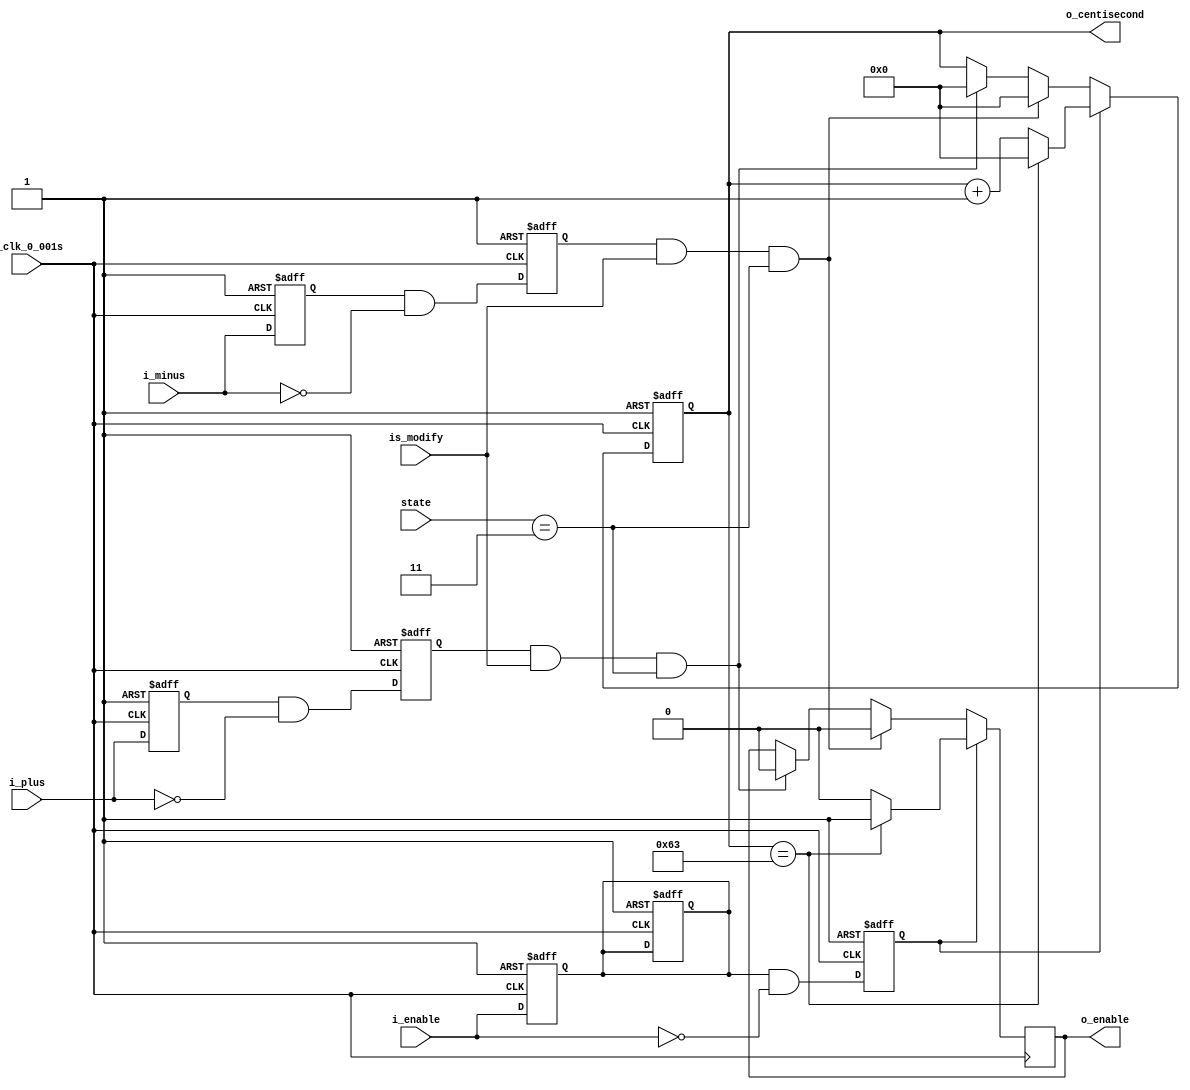
`timescale 1ns / 1ps
//////////////////////////////////////////////////////////////////////////////////
// Company: 
// Engineer: 
// 
// Design Name: 
// Module Name: centisecond
// Project Name: 
// Target Devices: 
// Tool Versions: 
// Description: 
// 
// Dependencies: 
// 
// Revision:
// Revision 0.01 - File Created
// Additional Comments:
// 
//////////////////////////////////////////////////////////////////////////////////


module centisecond(
    input [4:0] state,
    input is_modify,
    input i_plus,
    input i_minus,
    input i_enable,
    input i_clk_0_001s,
    output reg o_enable,
    output reg[14:0] o_centisecond
    );
    
    wire reset = 1;
    
    reg r_enable = 0;
    reg r_enable_falling = 0;
    
    initial
    begin
        o_centisecond <= 0;
        o_enable <= 0;
    end
    
//**************** Calculate the  r_enable_falling ****************//  
  
    always @(posedge i_clk_0_001s, negedge reset)
    begin
        if (reset == 0)
        begin
            r_enable <= 0;
            r_enable_falling <= 0;
        end
        else
        begin
            r_enable <= i_enable;
            r_enable_falling <= r_enable & (~i_enable);
        end
    end    
//**************** Calculate the  r_minus_falling ****************//
    
    reg r_plus = 0;
    reg r_plus_falling = 0;

    always @(posedge i_clk_0_001s, negedge reset)
    begin
        if (reset == 0)
        begin
            r_plus <= 0;
            r_plus_falling <= 0;
        end
        else
        begin
            r_plus <= i_plus;
            r_plus_falling <= r_plus & (~i_plus);
        end
    end     

//**************** Calculate the  r_minus_falling ****************//
    
    reg r_minus = 0;
    reg r_minus_falling = 0;
    
    always @(posedge i_clk_0_001s, negedge reset)
    begin
        if (reset == 0)
        begin
            r_minus <= 0;
            r_minus_falling <= 0;
        end
        else
        begin
            r_minus <= i_minus;
            r_minus_falling <= r_minus & (~i_minus);
        end
    end        
    
    
    
//************************ Set the minute *******************************//    
    
    
    always @(posedge i_clk_0_001s, negedge reset)
    begin
        if (reset == 0)
        begin
            o_centisecond <= 0;
            r_enable <= 0;
        end
        else
        begin
            if (r_enable_falling == 1)
            begin
                if (o_centisecond == 99)
                begin
                    o_centisecond <= 0;
                    o_enable <= 1;
                end
                else
                begin
                    o_centisecond <= o_centisecond + 1;
                    o_enable <= 0;
                end
            end
            else if (r_minus_falling == 1 && is_modify == 1 && state == 3)
            begin
                o_centisecond <= 0;
                o_enable <= 0;
            end
            else if (r_plus_falling == 1 && is_modify == 1 && state == 3)
            begin
                o_centisecond <= 0;
                o_enable <= 0;
            end
        end    
    end
    
endmodule